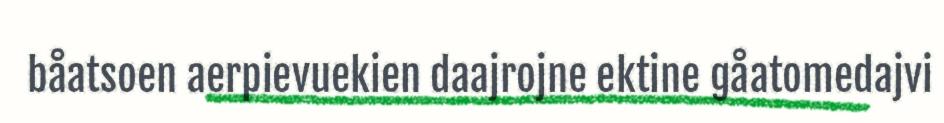
båatsoen aerpievuekien daajrojne ektine gåatomedajvi